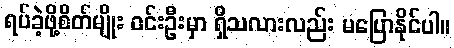
ရပ်ခဲ့ဖို့စိတ်မျိုး ဝင်းဦးမှာ ရှိသလားလည်း မပြောနိုင်ပါ။